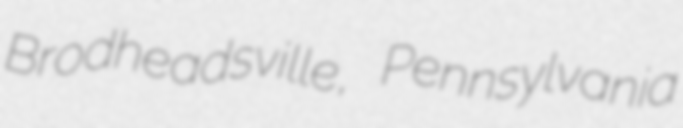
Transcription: Brodheadsville, Pennsylvania